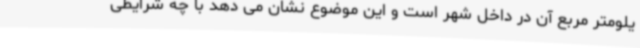
یلومتر مربع آن در داخل شهر است و این موضوع نشان می دهد با چه شرایطی